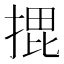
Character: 𭡨